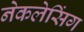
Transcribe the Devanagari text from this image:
नेकलेसिंग